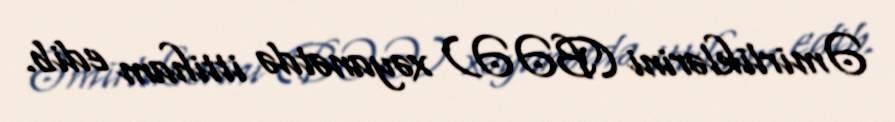
Əmirliklərini (BƏƏ) xəyanətdə ittiham edib.